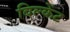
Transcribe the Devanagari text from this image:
बिल्केंट